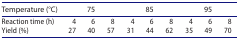
<table><thead><tr><td><b>Temperature (°C)</b></td><td colspan="3"><b>75</b></td><td colspan="3"><b>85</b></td><td colspan="3"><b>95</b></td></tr></thead><tbody><tr><td>Reaction time (h)</td><td>4</td><td>6</td><td>8</td><td>4</td><td>6</td><td>8</td><td>4</td><td>6</td><td>8</td></tr><tr><td>Yield (%)</td><td>27</td><td>40</td><td>57</td><td>31</td><td>44</td><td>62</td><td>35</td><td>49</td><td>70</td></tr></tbody></table>